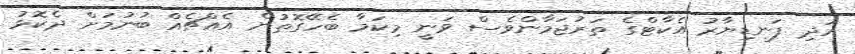
އަދި ފަނޑިޔާރު އެކާޓްގެ ތަރުޖަމާންވެސް ވަނީ މިކަމާ ބެހޭގޮތުން އެއްޗެއް ބުނުމަށް ދެކޮޅު